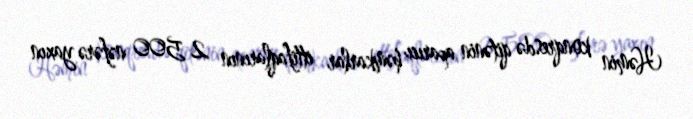
Həmin konqresdə qitənin aparıcı həmkarlar ittifaqlarının 2 500 nəfərə yaxın